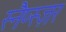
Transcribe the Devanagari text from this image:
स्नैप्स्ज़र